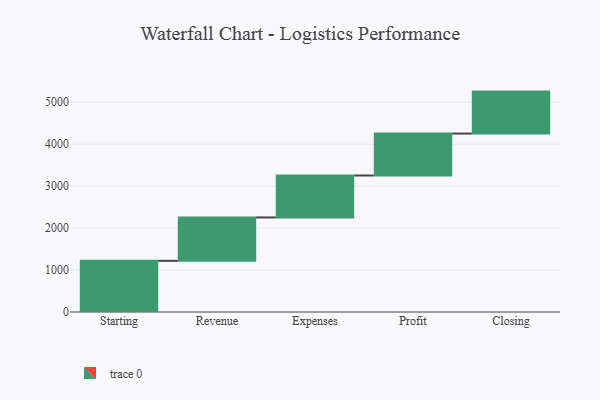
{"axis": {"x": "Step", "y": "Value"}, "legend": [""], "data": [{"x": "Starting", "y": 1220.0, "type": ""}, {"x": "Revenue", "y": 1034.0, "type": ""}, {"x": "Expenses", "y": 1000, "type": ""}, {"x": "Profit", "y": 1000, "type": ""}, {"x": "Closing", "y": 1000, "type": ""}]}